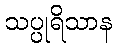
သပ္ပုရိသာန